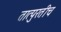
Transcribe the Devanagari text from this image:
तात्पुरतीच